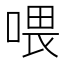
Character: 喂